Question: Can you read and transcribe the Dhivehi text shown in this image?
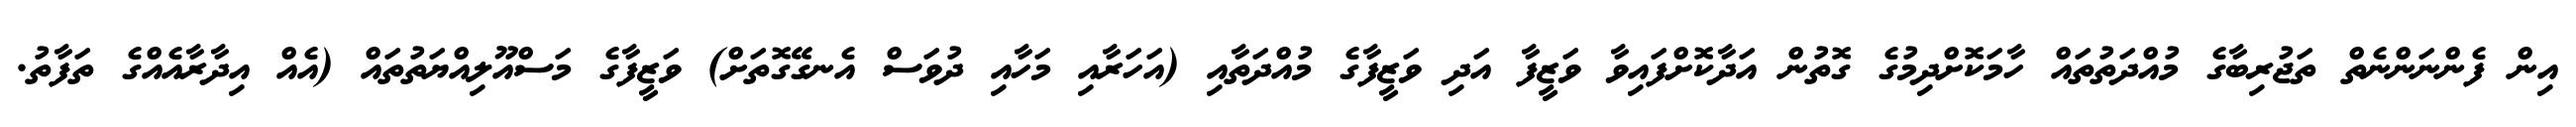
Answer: އިން ފެންނަންނެތް ތަޖުރިބާގެ މުއްދަތުތައް ހާމަކޮށްދިމުގެ ގޮތުން އަދާކޮށްފައިވާ ވަޒީފާ އަދި ވަޒީފާގެ މުއްދަތާއި (އަހަރާއި މަހާއި ދުވަސް އެނގޭގޮތަށް) ވަޒީފާގެ މަސްއޫލިއްޔަތުތައް (އެއް އިދާރާއެއްގެ ތަފާތު.